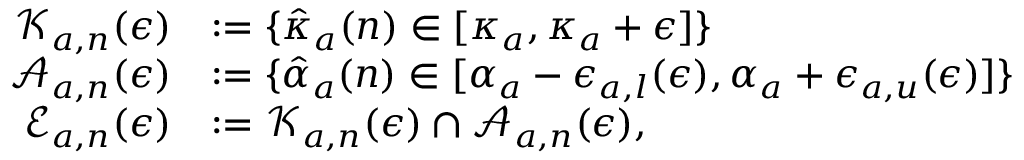
\begin{array} { r l } { \mathcal { K } _ { a , n } ( \epsilon ) } & { : = \{ \hat { \kappa } _ { a } ( n ) \in [ \kappa _ { a } , \kappa _ { a } + \epsilon ] \} } \\ { \mathcal { A } _ { a , n } ( \epsilon ) } & { : = \{ \hat { \alpha } _ { a } ( n ) \in [ \alpha _ { a } - \epsilon _ { a , l } ( \epsilon ) , \alpha _ { a } + \epsilon _ { a , u } ( \epsilon ) ] \} } \\ { \mathcal { E } _ { a , n } ( \epsilon ) } & { : = \mathcal { K } _ { a , n } ( \epsilon ) \cap \mathcal { A } _ { a , n } ( \epsilon ) , } \end{array}